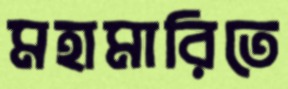
মহামারিতে